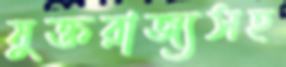
যুক্তরাজ্যসহ